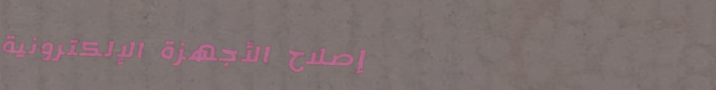
إصلاح الأجهزة الإلكترونية